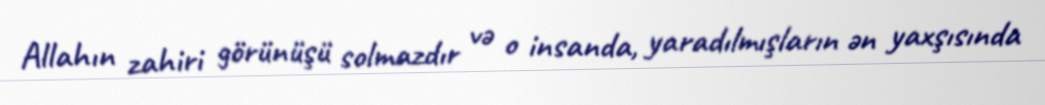
Allahın zahiri görünüşü solmazdır və o insanda, yaradılmışların ən yaxşısında